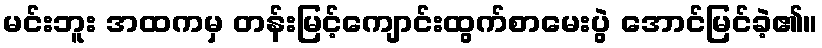
မင်းဘူး အထကမှ တန်းမြင့်ကျောင်းထွက်စာမေးပွဲ အောင်မြင်ခဲ့၏။